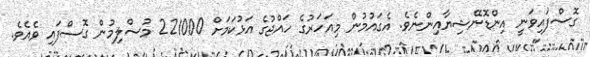
ގޮސްފައިވަނީ އިންޑޮނޭޝިޔާއިންނެވެ. އެގައުމުން މިއަހަރުގެ ހައްޖުގެ އަޅުކަމަށް 221000 މުސްލިމުން ގޮސްފައި ވެއެވެ.